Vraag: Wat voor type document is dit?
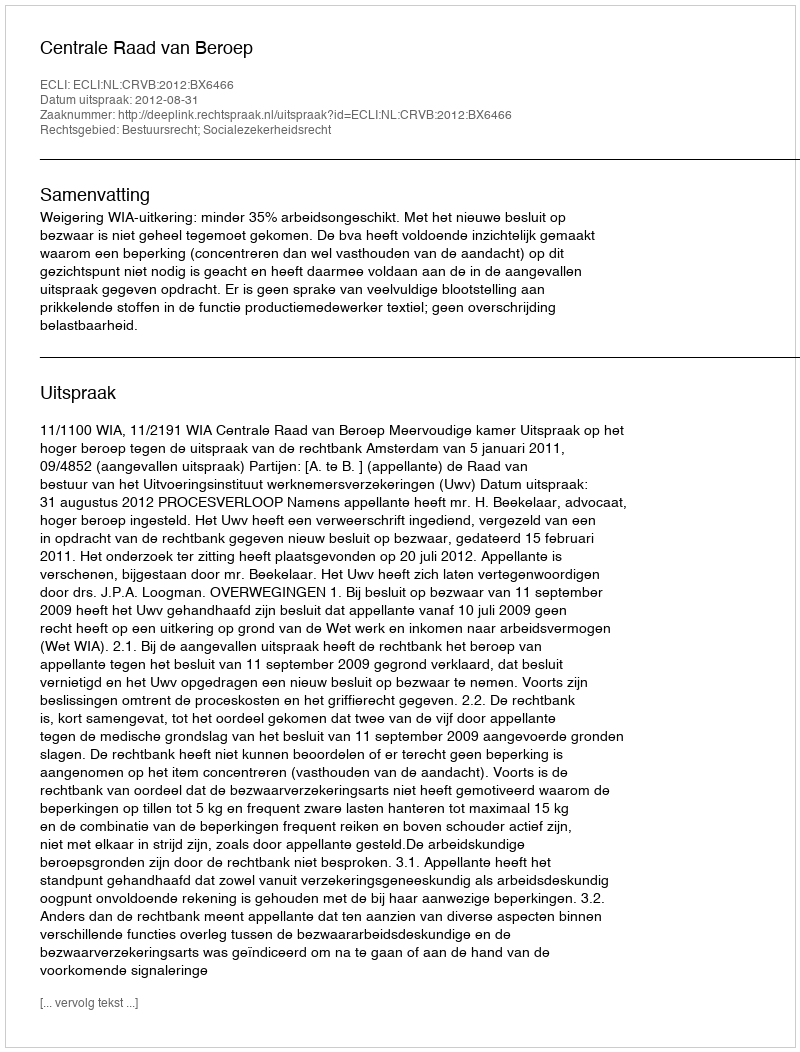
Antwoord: Uitspraak